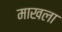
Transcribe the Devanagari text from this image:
माखला